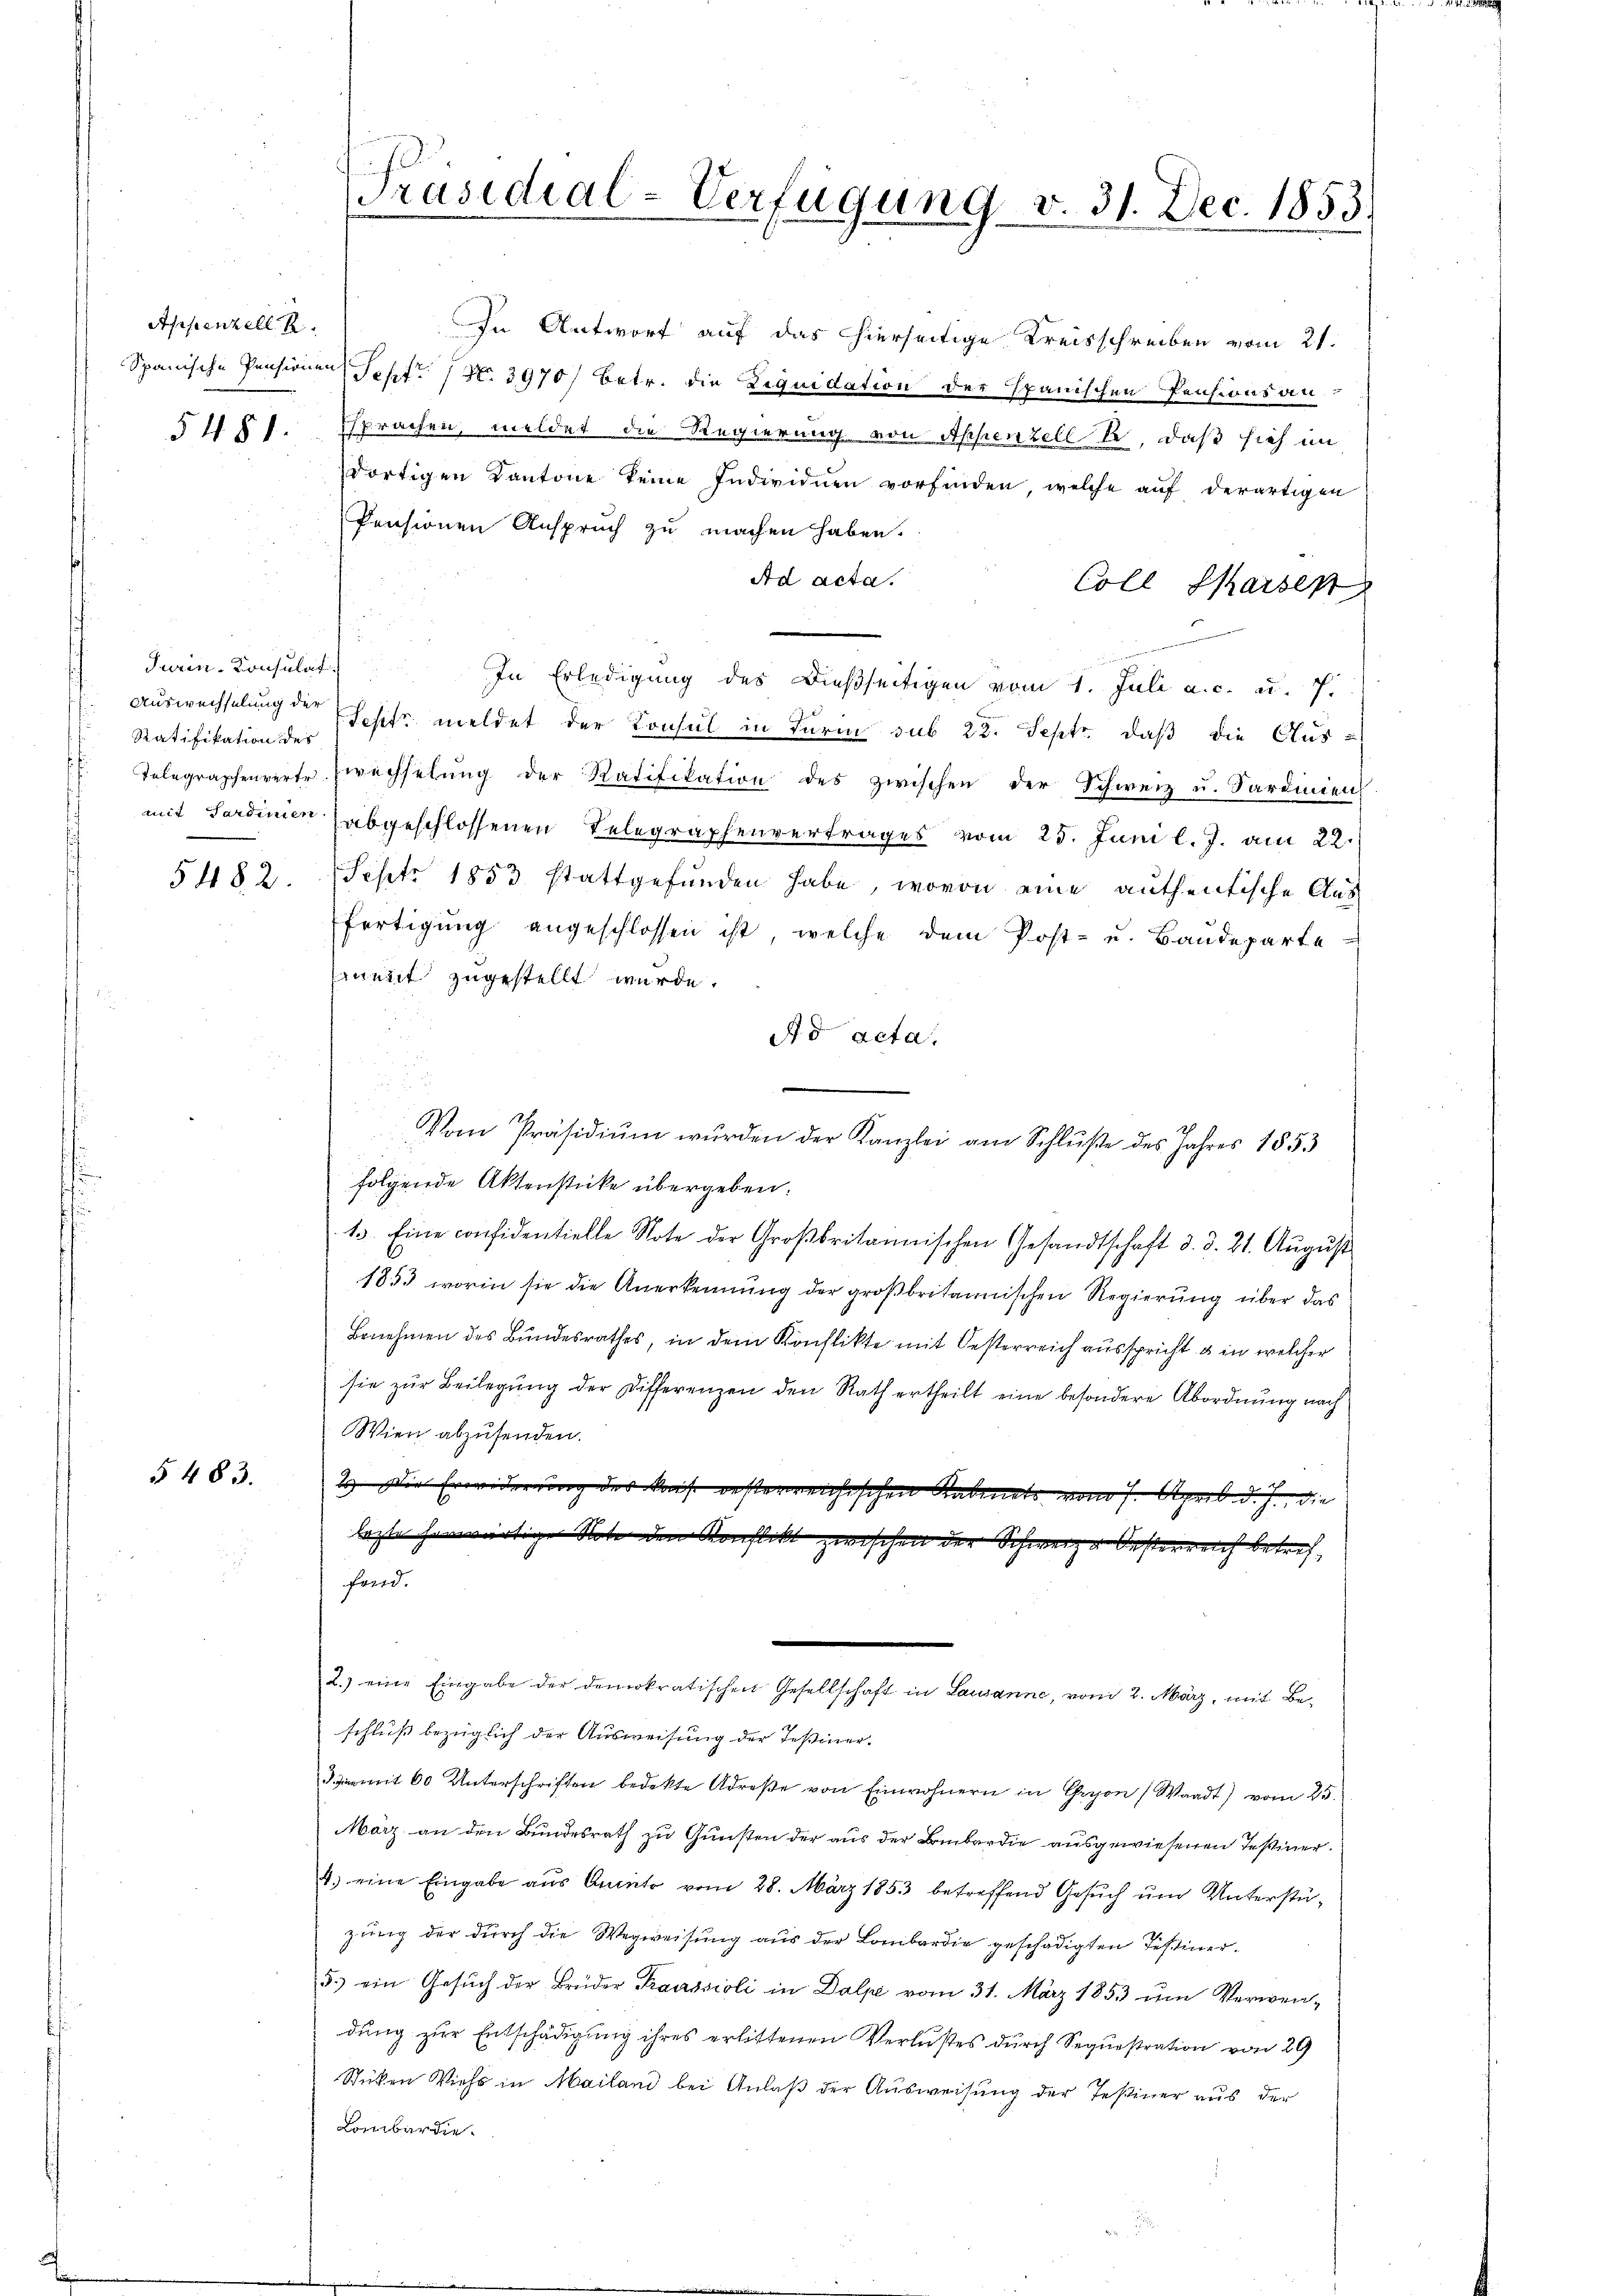
¬
s

Appenzell A.

Turin, Konsulat
Auswechselung der

§ 483.

In Antwort auf das hierseitige Kreisschreiben vom 21.
Spanische Pensionen Sept. (N. 3970/ betr. die Liquidation der Spanischen Pensionsan-
54 § 1. Sprachen, meldet die Regierung von Appenzell b, daß sich im
dortigen Kantone keine Individuen vorfinden, welche auf derartigen
Pensionen Anspruch zu machen haben.
Ad acta.
Coll Marsen
uungen
In Erledigung des dießseitigen vom 1. Juli a. c. u. 7.
Ratifikation der Besitz meldet der Konsul in Turin sub 22. Sept., daß die Aus¬
Telegraphenverte Zwechselŭng der Ratifikation des zwischen der Schweiz u. Sardinien
mit Sardinien (abgeschlossenen Telegraphenvertrages vom 25. Juni l. J. am 22.
5482. Sept. 1853 stattgefunden habe, wovon eine authentische Aus-
fertigŭng angeschlossen ist, welche dem Post- u. Baŭdeparte
Ernent zugestellt wurde.
Ad acta.
Vom Präsidiŭm wurden der Kanzlei am Schlüße des Jahres 1853
folgende Aktenstücke übergeben:
13. Eine confidentielle Note der Großbritainischen Gesandtschaft d. d. 21. Aŭgŭst
1853, worin sie die Anerkennung der großbritannischen Regierung über das
Benehmen des Bundesrathes, in dem Konflikte mit Oesterreich ausspricht & in welcher
sie zŭr Beilegŭng der Differenzen den Rath ertheilt eine besondere Abordnŭng nach
Wien abzusenden.
2). Die Erwiderung des Kauf gesterreichischen Kabinets vom 7. April d. J., die
lezte herwärtige Note den Konflikt zwischen der Schwerze Oesterreich betreffand.
2.) eine Eingabe der demokratischen Gesellschaft in Lausanne, vom 2. März, mit Beschluß bezüglich der Ausweisung der Teßiner¬
3 mit 60 Unterschriften bedekte Adrese von Einwohnern in Cryon (Waadt) vom 25.
März an den Bundesrath zu Gunsten der aus der Bombardie ausgewiesenen Teßiner¬
4) eine Eingabe aus Anato vom 28. März 1853 betreffend Gesuch um Unterstüzung der durch die Wegweisung aus der Lombardie geschädigten Testiner¬
5.) ein Gesŭch der Brüder Kraussioli in Dalpe vom 31. März 1853 um Verwendung zur Entschädigung ihres erlittenen Verlustes durch Sequestration von 29
Sticken Viehs in Mailand bei Anlaß der Ausweisung der Teßiner aus der
Lombardie

Präsidial-Verfügung v. 31. Dec. 1853.